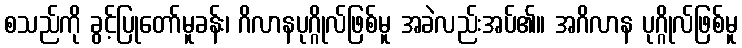
စသည်ကို ခွင့်ပြုတော်မူခန်း၊ ဂိလာနပုဂ္ဂိုလ်ဖြစ်မူ အခဲလည်းအပ်၏။ အဂိလာန ပုဂ္ဂိုလ်ဖြစ်မူ